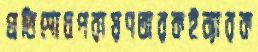
প্রতিশোধপরায়ণতারকইন্যারক